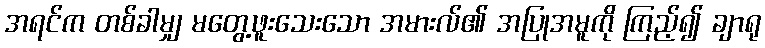
အရင်က တစ်ခါမျှ မတွေ့ဖူးသေးသော အမားလ်၏ အပြုအမူကို ကြည့်၍ ချာရု